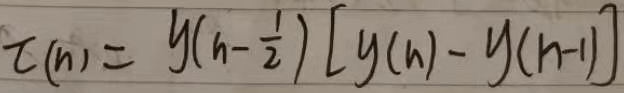
\(\tau(n)=y(n - \frac{1}{2})[y(n)-y(n - 1)]\)